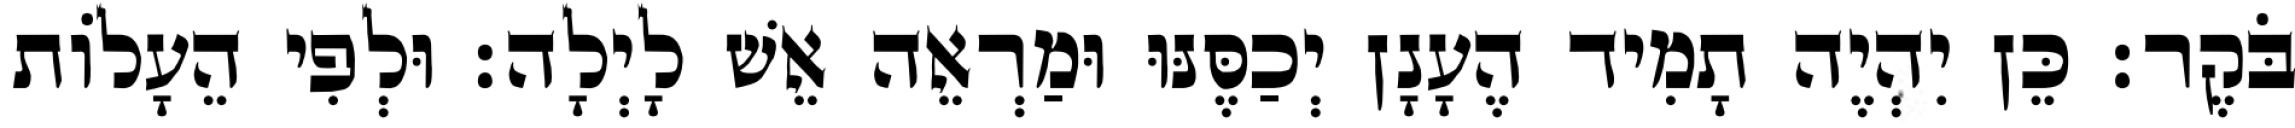
בֹּקֶר׃ כֵּן יִהְיֶה תָמִיד הֶעָנָן יְכַסֶּנּוּ וּמַרְאֵה אֵשׁ לָיְלָה׃ וּלְפִי הֵעָלוֹת